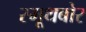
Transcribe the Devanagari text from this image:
स्मूथबोर